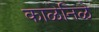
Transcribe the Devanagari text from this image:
काळेनिळे